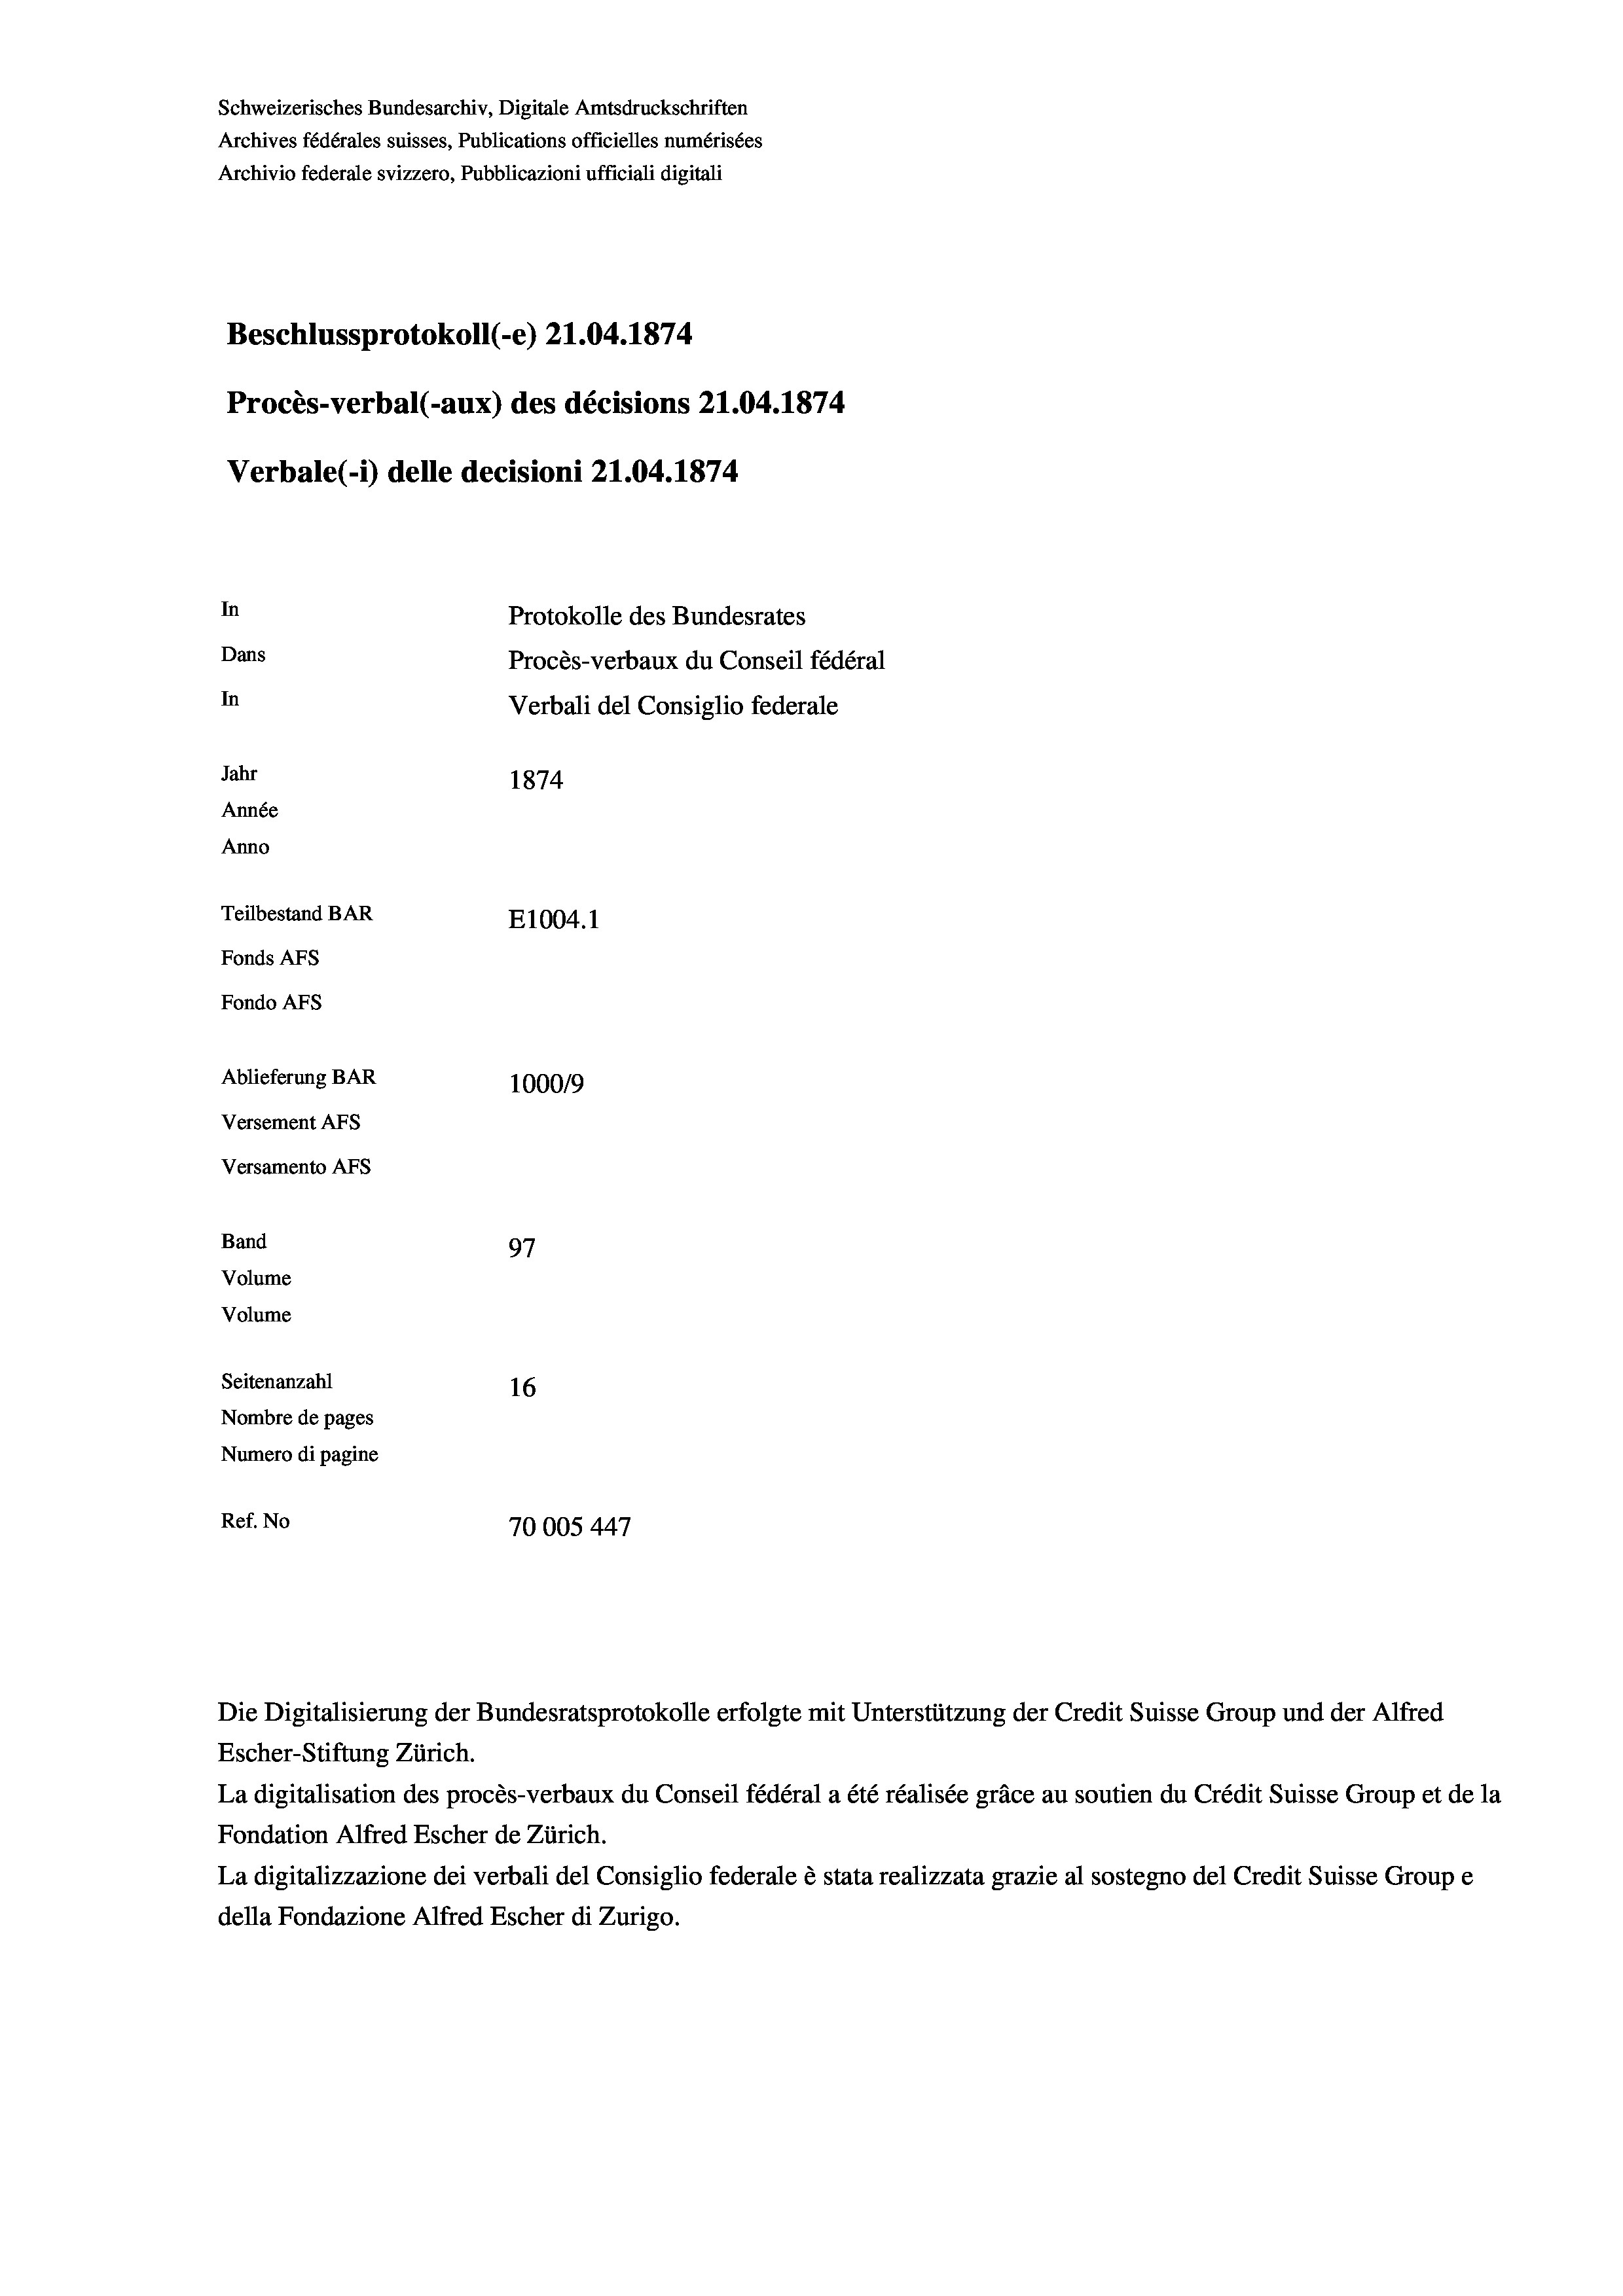
Schweizerisches Bundesarchiv, Digitale Amtsdruckschriften
Archives fédérales suisses, Publications officielles numérisées
Archivio federale svizzero, Pubblicazioni ufficiali digitali
Beschlussprotokoll (-e) 21.04. 1874
Procès-verbal (-aux) des décisions 21.04. 1874
Verbale (i) delle decisioni 21.04. 1874
In
Protokolle des Bundesrates
Dans
Procès-verbaux du Conseil fédéral
In
Verbali del Consiglio federale
Jahr
1874
Année
Anno
Teilbestand BAR
E1004. 1
Fonds Afs
Fondo AFs
Ablieferung BAR
1000/9
Versement Abs
Versamento AFs
Band
97
Volume
Volume

Seitenanzahl
16
Nombre de pages
Numero di pagine
Ref. No
70005447

Die Digitalisierung der Bundesratsprotokolle erfolgte mit Unterstützung der Credit Suisse Group und der Alfred
Escher-Stiftung Zürich.
La digitalisation des procès-verbaux du Conseil fédéral a été réalisée gräce au soutien du Crédit Suisse Group et de la
Fondation Alfred Escher de Zürich.
La digitalizzazione dei verbali del Consiglio federale è stata realizzata grazie al sostegno del Credit Suisse Groupe
della Fondazione Alfred Escher di Zurigo.